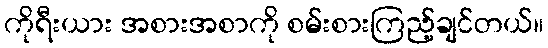
ကိုရီးယား အစားအစာကို စမ်းစားကြည့်ချင်တယ်။